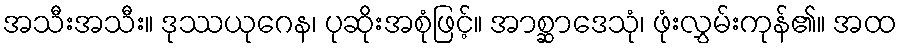
အသီးအသီး။ ဒုဿယုဂေန၊ ပုဆိုးအစုံဖြင့်။ အာစ္ဆာဒေသုံ၊ ဖုံးလွှမ်းကုန်၏။ အထ